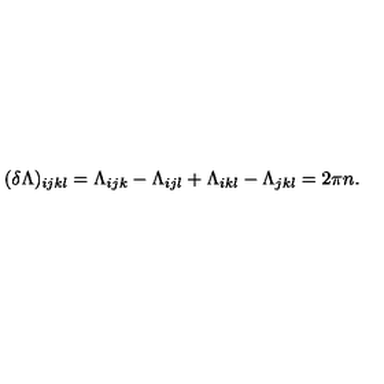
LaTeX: ( \delta \Lambda { } ) _ { i j k l } = \Lambda _ { i j k } - \Lambda _ { i j l } + \Lambda _ { i k l } - \Lambda _ { j k l } = 2 \pi { } n .